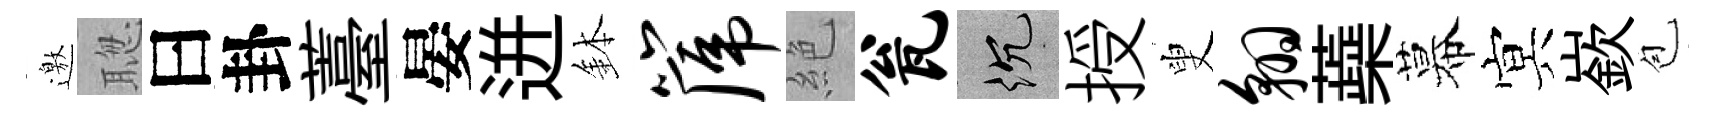
邀聦曰卦薹晏迸鉢篪絶瓮沉授叟翱蘃幕㝠嶔苞